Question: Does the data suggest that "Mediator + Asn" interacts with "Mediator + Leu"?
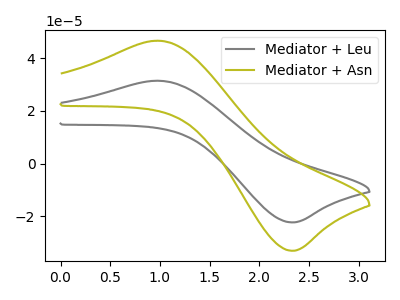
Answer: <think>The gray curve "Mediator + Leu" has an anodic peak at (1.00V, 31.40uA) and a cathodic peak at (2.35V, -22.25uA). The olive curve "Mediator + Asn" has an anodic peak at (1.00V, 46.60uA) and a cathodic peak at (2.35V, -33.05uA).
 All the peaks in "Mediator + Asn" have a peak in "Mediator + Leu" at the same potential. Every peak in "Mediator + Asn" is higher than every peak in "Mediator + Leu".</think>
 <answer>No, "Mediator + Asn" and "Mediator + Leu" don't appear to be significantly different in shape</answer>
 <eval>no_change</eval>